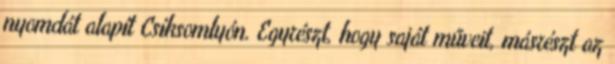
nyomdát alapít Csíksomlyón. Egyrészt, hogy saját műveit, másrészt az